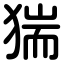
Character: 猯